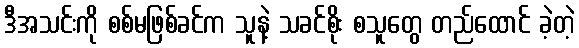
ဒီအသင်းကို စစ်မဖြစ်ခင်က သူနဲ့ သခင်စိုး စသူတွေ တည်ထောင် ခဲ့တဲ့